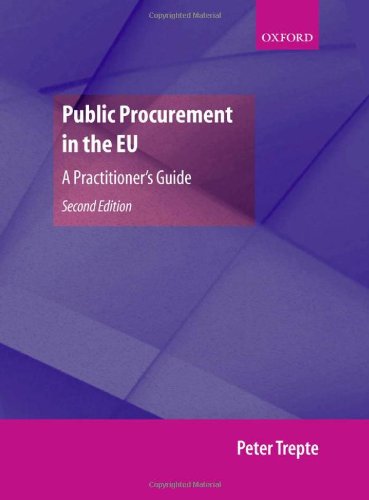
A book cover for Public Procurement in the EU: A Practitioner's Guide; Peter Trepte; Law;